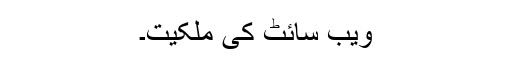
ویب سائٹ کی ملکیت۔